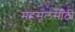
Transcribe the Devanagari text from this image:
महसूलसाठी